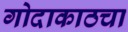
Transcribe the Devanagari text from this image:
गोदाकाठचा